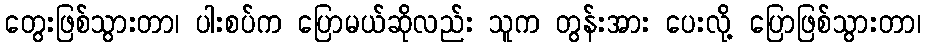
တွေးဖြစ်သွားတာ၊ ပါးစပ်က ပြောမယ်ဆိုလည်း သူက တွန်းအား ပေးလို့ ပြောဖြစ်သွားတာ၊